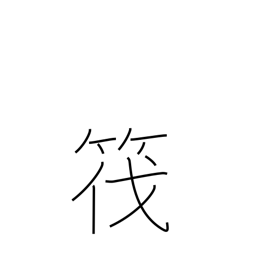
Meaning: raft